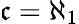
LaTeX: {\mathfrak{c}}=\aleph_{1}